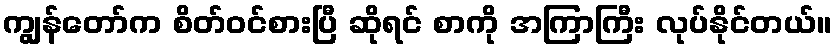
ကျွန်တော်က စိတ်ဝင်စားပြီ ဆိုရင် စာကို အကြာကြီး လုပ်နိုင်တယ်။